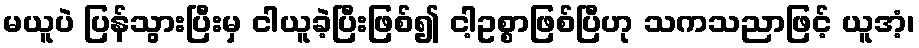
မယူပဲ ပြန်သွားပြီးမှ ငါယူခဲ့ပြီးဖြစ်၍ ငါ့ဥစ္စာဖြစ်ပြီဟု သကသညာဖြင့် ယူအံ့၊